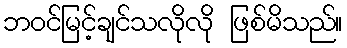
ဘဝင်မြင့်ချင်သလိုလို ဖြစ်မိသည်။